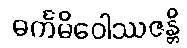
ဓင်္ကမိဝေါဿဇန္တိ